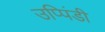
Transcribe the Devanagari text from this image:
उप्पिंडी